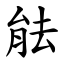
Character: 䏻